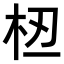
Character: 𫞈